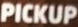
PICKUP